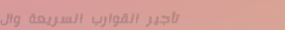
تأجير القوارب السريعة وال